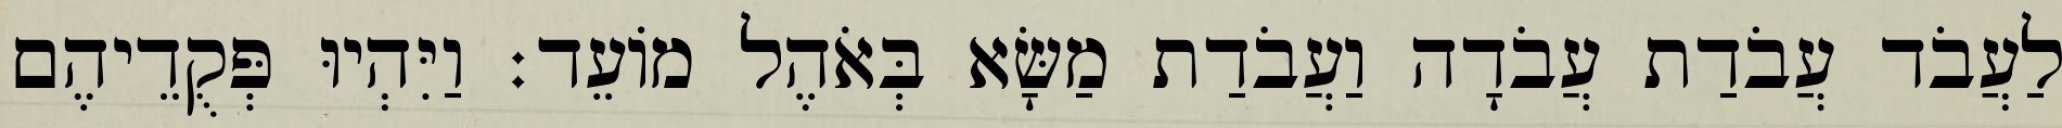
לַעֲבֹד עֲבֹדַת עֲבֹדָה וַעֲבֹדַת מַשָּׂא בְּאֹהֶל מוֹעֵד׃ וַיִּהְיוּ פְּקֻדֵיהֶם